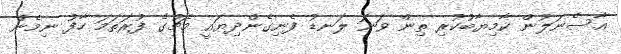
އާސެނަލުން ކާމިޔާބުކުރި ތިން ވަނަ ލަނޑު ފެނިގެންދިޔައީ މެޗުގެ ފުރަތަމަ ހާފު ނިމެން